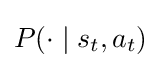
P(\cdot \mid s_{t},a_{t})